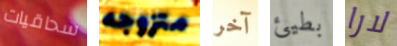
سحاقيات متزوجه آخر بطيئ لارا